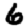
Digit: 6